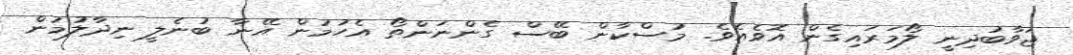
ޖަވާބުދިނީ ލޯމަރައިގެން އޮވެއެވެ. މުސްކާން ބޭސް ގެންނަންތޯ އެހުމުން އޭނާ ބުނެލީ ނިދާލުމުން